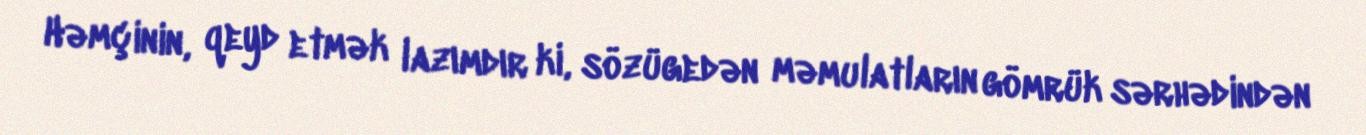
Həmçinin, qeyd etmək lazımdır ki, sözügedən məmulatların gömrük sərhədindən